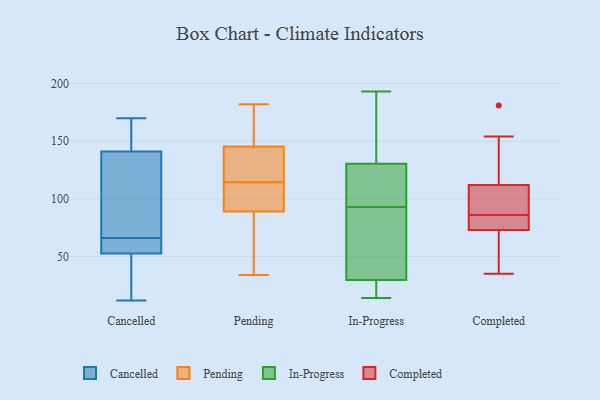
{"axis": {"x": "Production Output", "y": "Value"}, "legend": ["Cancelled", "Completed", "In-Progress", "Pending"], "data": [{"x": "", "y": 138, "type": "Cancelled"}, {"x": "", "y": 66, "type": "Cancelled"}, {"x": "", "y": 64, "type": "Cancelled"}, {"x": "", "y": 49, "type": "Cancelled"}, {"x": "", "y": 80, "type": "Cancelled"}, {"x": "", "y": 51, "type": "Cancelled"}, {"x": "", "y": 142, "type": "Cancelled"}, {"x": "", "y": 170, "type": "Cancelled"}, {"x": "", "y": 157, "type": "Cancelled"}, {"x": "", "y": 12, "type": "Cancelled"}, {"x": "", "y": 58, "type": "Cancelled"}, {"x": "", "y": 115, "type": "Pending"}, {"x": "", "y": 152, "type": "Pending"}, {"x": "", "y": 34, "type": "Pending"}, {"x": "", "y": 128, "type": "Pending"}, {"x": "", "y": 182, "type": "Pending"}, {"x": "", "y": 65, "type": "Pending"}, {"x": "", "y": 105, "type": "Pending"}, {"x": "", "y": 114, "type": "Pending"}, {"x": "", "y": 156, "type": "Pending"}, {"x": "", "y": 123, "type": "Pending"}, {"x": "", "y": 97, "type": "Pending"}, {"x": "", "y": 81, "type": "Pending"}, {"x": "", "y": 102, "type": "Pending"}, {"x": "", "y": 139, "type": "Pending"}, {"x": "", "y": 167, "type": "Pending"}, {"x": "", "y": 49, "type": "Pending"}, {"x": "", "y": 18, "type": "In-Progress"}, {"x": "", "y": 21, "type": "In-Progress"}, {"x": "", "y": 181, "type": "In-Progress"}, {"x": "", "y": 58, "type": "In-Progress"}, {"x": "", "y": 193, "type": "In-Progress"}, {"x": "", "y": 105, "type": "In-Progress"}, {"x": "", "y": 26, "type": "In-Progress"}, {"x": "", "y": 124, "type": "In-Progress"}, {"x": "", "y": 39, "type": "In-Progress"}, {"x": "", "y": 93, "type": "In-Progress"}, {"x": "", "y": 105, "type": "In-Progress"}, {"x": "", "y": 177, "type": "In-Progress"}, {"x": "", "y": 99, "type": "In-Progress"}, {"x": "", "y": 93, "type": "In-Progress"}, {"x": "", "y": 14, "type": "In-Progress"}, {"x": "", "y": 31, "type": "In-Progress"}, {"x": "", "y": 150, "type": "In-Progress"}, {"x": "", "y": 92, "type": "Completed"}, {"x": "", "y": 86, "type": "Completed"}, {"x": "", "y": 35, "type": "Completed"}, {"x": "", "y": 181, "type": "Completed"}, {"x": "", "y": 73, "type": "Completed"}, {"x": "", "y": 59, "type": "Completed"}, {"x": "", "y": 80, "type": "Completed"}, {"x": "", "y": 86, "type": "Completed"}, {"x": "", "y": 129, "type": "Completed"}, {"x": "", "y": 154, "type": "Completed"}, {"x": "", "y": 78, "type": "Completed"}, {"x": "", "y": 88, "type": "Completed"}, {"x": "", "y": 57, "type": "Completed"}, {"x": "", "y": 112, "type": "Completed"}]}